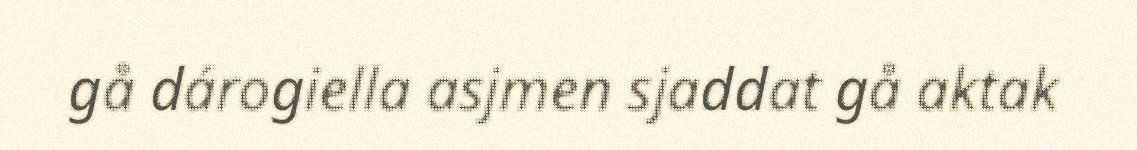
gå dárogiella asjmen sjaddat gå aktak